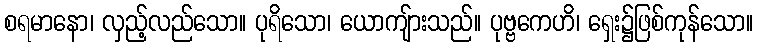
စရမာနော၊ လှည့်လည်သော။ ပုရိသော၊ ယောကျ်ားသည်။ ပုဗ္ဗကေဟိ၊ ရှေး၌ဖြစ်ကုန်သော။